Civil Veterinary Dept. Bombay admin report 1923-31 - 1923-1931
Year: 1923
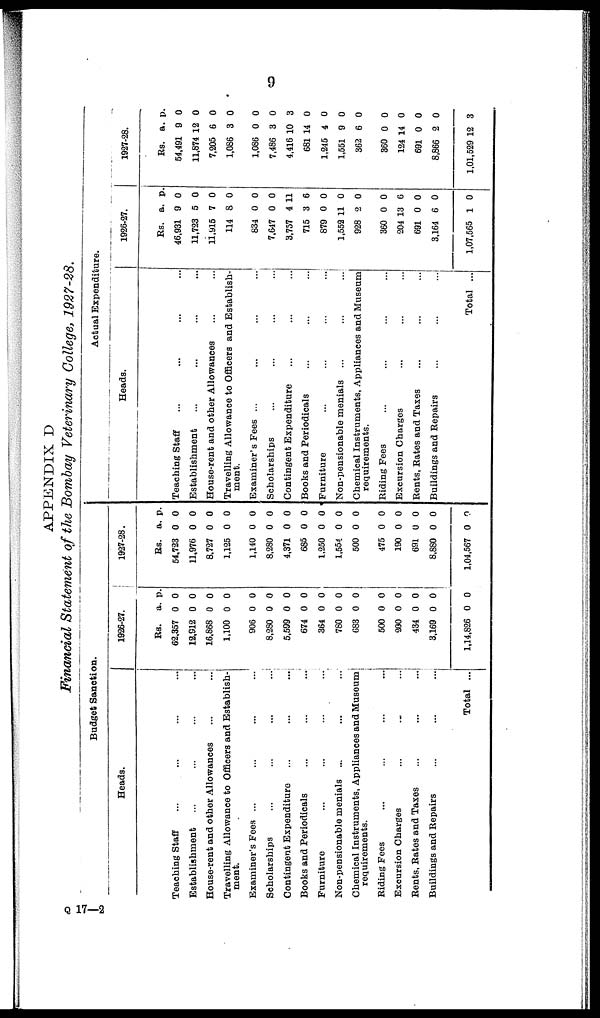
9
APPENDIX D
Financial Statement of the Bombay Veterinary College, 1927-28.
Budget Sanction.
Heads.
Teaching Staff ... ... ... ...
Establishment ... ... ... ...
House-rent and other Allowances ... ...
Travelling Allowance to Officers and Establish-
ment.
Examiner's Fees ... ... ... ...
Scholarships ... ... ... ...
Contingent Expenditure ... ... ...
Books and Periodicals ... ... ...
Furniture ... ... ... ...
Non-pensionable menials ... ... ...
Chemical Instruments, Appliances and Museum
requirements.
Riding Fees ... ... ... ...
Excursion Charges ... ... ...
Rents, Rates and Taxes ... ... ...
Buildings and Repairs ... ... ...
Total ...
1926-27.
Rs.
62,357
12,912
16,868
1,100
906
8,280
5,599
674
364
780
683
500
200
434
3,169
1,14,826
a.
0
0
0
0
0
0
0
0
0
0
0
0
0
0
0
0
p.
0
0
0
0
0
0
0
0
0
0
0
0
0
0
0
0
1927-28.
Rs.
54,723
11,976
8,727
1,125
1,140
8,280
4,371
685
1,250
1,554
500
475
190
691
8,880
1,04,567
a.
0
0
0
0
0
0
0
0
0
0
0
0
0
0
0
0
p.
0
0
0
0
0
0
0
0
0
0
0
0
0
0
0
0
Actual Expenditure.
Heads.
Teaching Staff ... ... ... ...
Establishment ... ... ... ...
House-rent and other Allowances ... ...
Travelling Allowance to Officers and Establish-
ment.
Examiner's Fees ... ... ... ...
Scholarships ... ... ... ...
Contingent Expenditure ... ... ...
Books and Periodicals ... ... ...
Furniture ... ... ... ...
Non-pensionable menials ... ... ...
Chemical Instruments, Appliances and Museum
requirements.
Riding Fees ... ... ... ...
Excursion Charges ... ... ...
Rents, Rates and Taxes ... ... ...
Buildings and Repairs ... ... ...
Total ...
1926-27.
Rs.
46,931
11,723
11,915
114
834
7,647
3,757
715
879
1,552
928
360
204
691
3,164
1,07,565
a.
9
5
7
8
0
0
4
3
0
11
2
0
13
0
6
1
p.
0
0
0
0
0
0
11
6
0
0
0
0
6
0
0
0
1927-28.
Rs.
54,491
11,874
7,205
1,086
1,086
7,486
4,416
681
1,245
1,551
362
360
124
691
8,866
1,01,529
a.
9
12
6
3
0
3
10
14
4
9
6
0
14
0
2
12
p.
0
0
0
0
0
0
3
0
0
0
0
0
0
0
0
3
Q 17—2